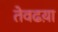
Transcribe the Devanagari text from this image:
तेवढय़ा